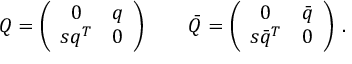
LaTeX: Q = \left( \begin{array} { c c } { { 0 } } & { { q } } \\ { { s q ^ { T } } } & { { 0 } } \end{array} \right) \qquad \bar { Q } = \left( \begin{array} { c c } { { 0 } } & { { \bar { q } } } \\ { { s \bar { q } ^ { T } } } & { { 0 } } \end{array} \right) \, .